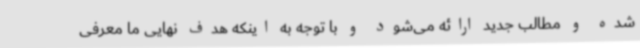
شده و مطالب جدید ارائه می‌شود و با توجه به اینکه هدف نهایی ما معرفی